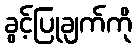
ခွင့်ပြုချက်ကို